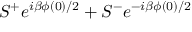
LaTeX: S ^ { + } e ^ { i \beta \phi ( 0 ) / 2 } + S ^ { - } e ^ { - i \beta \phi ( 0 ) / 2 }